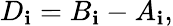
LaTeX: D_{\mathbf{i}}=B_{\mathbf{i}}-A_{\mathbf{i}},